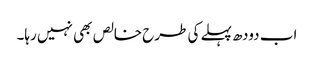
اب دودھ پہلے کی طرح خالص بھی نہیں رہا۔